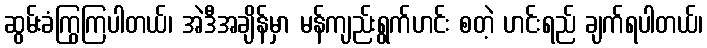
ဆွမ်းခံကြွကြပါတယ်၊ အဲဒီအချိန်မှာ မန်ကျည်းရွက်ဟင်း စတဲ့ ဟင်းရည် ချက်ရပါတယ်၊